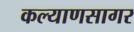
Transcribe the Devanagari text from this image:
कल्याणसागर